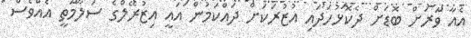
އެއާ ވަރަށް ބޮޑަށް ދެކޮޅުހަދައި އުޒުރަކަށް ދައްކަމުން އައީ އިޒުރޭލްގެ ސަލާމަތީ އެއްވެސް